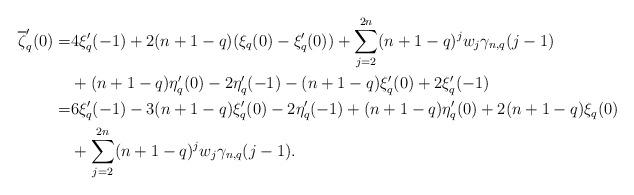
LaTeX: \begin{align*}\overline{\zeta}_q'(0)=&4\xi_q'(-1)+2(n+1-q)(\xi_q(0)-\xi_q'(0))+\sum_{j=2}^{2n} (n+1-q)^j w_j\gamma_{n,q}(j-1)\\&+(n+1-q)\eta_q'(0)-2 \eta_q'(-1)-(n+1-q)\xi_q'(0)+2\xi_q'(-1)\\=&6 \xi'_q(-1)-3(n+1-q)\xi_q'(0)-2\eta_q'(-1)+(n+1-q)\eta'_q(0)+2(n+1-q)\xi_q(0)\\&+\sum_{j=2}^{2n} (n+1-q)^j w_j\gamma_{n,q}(j-1).\end{align*}